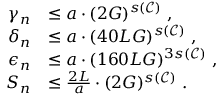
\begin{array} { r l } { \gamma _ { n } } & { \le a \cdot ( 2 G ) ^ { s ( \mathcal { C } ) } ~ , } \\ { \delta _ { n } } & { \le a \cdot ( 4 0 L G ) ^ { s ( \mathcal { C } ) } ~ , } \\ { \epsilon _ { n } } & { \le a \cdot ( 1 6 0 L G ) ^ { 3 s ( \mathcal { C } ) } ~ , } \\ { S _ { n } } & { \le \frac { 2 L } { a } \cdot ( 2 G ) ^ { s ( \mathcal { C } ) } ~ . } \end{array}